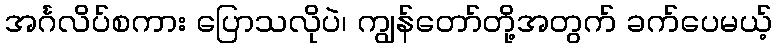
အင်္ဂလိပ်စကား ပြောသလိုပဲ၊ ကျွန်တော်တို့အတွက် ခက်ပေမယ့်